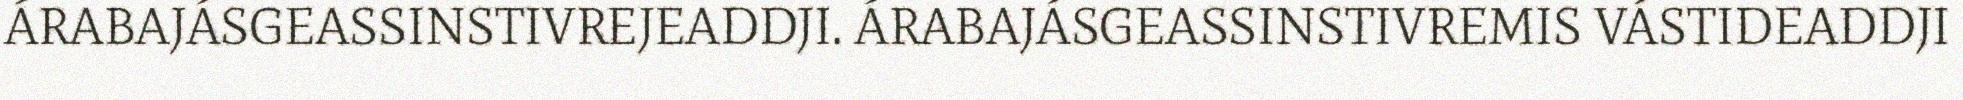
ÁRABAJÁSGEASSINSTIVREJEADDJI. ÁRABAJÁSGEASSINSTIVREMIS VÁSTIDEADDJI